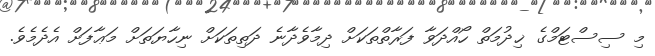
މި ސިސްޓަމްގެ ޚިދުމަތް ހޯއްދަވާ ފަރާތްތަކަށް ދިމާވެދާނެ ދަތިތަކަށް ނިހާޔަތަށް މަޢާފަށް އެދެމެވެ.